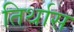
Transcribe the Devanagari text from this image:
तिर्थास